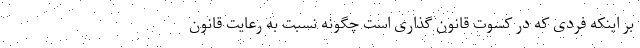
بر اینکه فردی که در کسوت قانون گذاری است چگونه نسبت به رعایت قانون